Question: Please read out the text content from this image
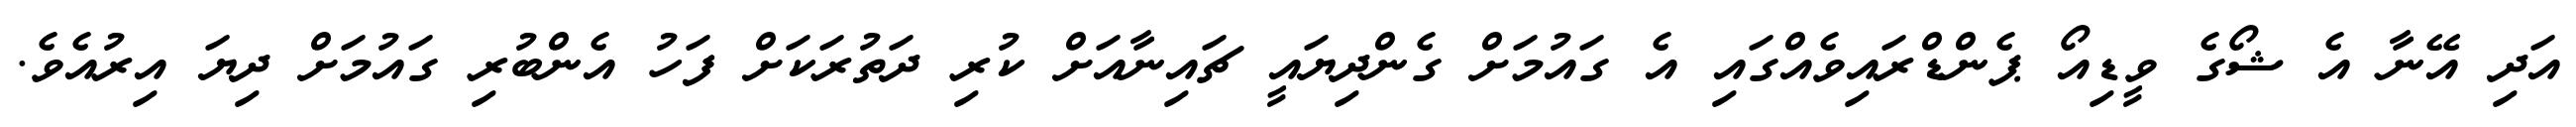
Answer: އަދި އޭނާ އެ ޝޯގެ ވީޑިއޯ ޕެންޑްރައިވެއްގައި އެ ގައުމަށް ގެންދިޔައީ ޗައިނާއަށް ކުރި ދަތުރަކަށް ފަހު އެންބުރި ގައުމަށް ދިޔަ އިރުއެވެ.